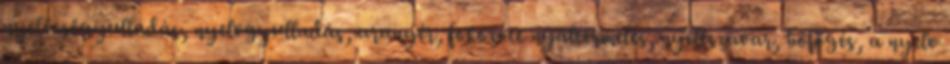
nyelőcsőgyulladás, nyelvgyulladás, aranyér, fokozott nyáltermelés, nyelészavar, böfögés, a nyelv